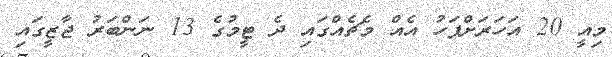
މިއީ 20 އަހަރަށްފަހު އެއް މެޗެއްގައި ދެ ޓީމުގެ 13 ނަންބަރު ޖާޒީގައި